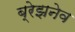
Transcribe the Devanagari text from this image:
ब्रेझनेव